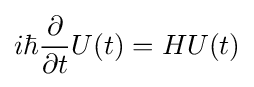
i\hbar {\partial  \over \partial t}U(t)=HU(t)